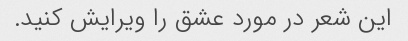
این شعر در مورد عشق را ویرایش کنید.